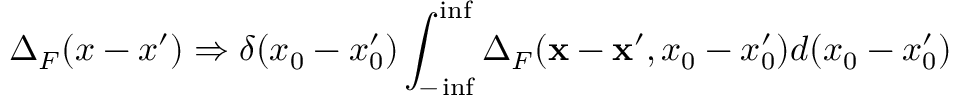
\Delta _ { F } ( x - x ^ { \prime } ) \Rightarrow \delta ( x _ { 0 } - x _ { 0 } ^ { \prime } ) \int _ { - \operatorname * { i n f } } ^ { \operatorname * { i n f } } \Delta _ { F } ( { \bf x - x ^ { \prime } } , x _ { 0 } - x _ { 0 } ^ { \prime } ) d ( x _ { 0 } - x _ { 0 } ^ { \prime } )